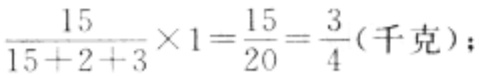
$\frac{15}{15 + 2 + 3}\times1=\frac{15}{20}=\frac{3}{4}(\text{千克});$